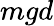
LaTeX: mgd